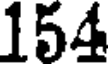
154